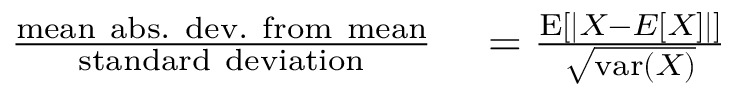
\begin{array} { r l } { { \frac { \mathrm { m e a n ~ a b s . ~ d e v . ~ f r o m ~ m e a n } } { \mathrm { s t a n d a r d ~ d e v i a t i o n } } } } & { { } = { \frac { \operatorname { E } [ | X - E [ X ] | ] } { \sqrt { \operatorname { v a r } ( X ) } } } } \end{array}